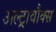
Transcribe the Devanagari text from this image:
अल्ट्रावौक्स